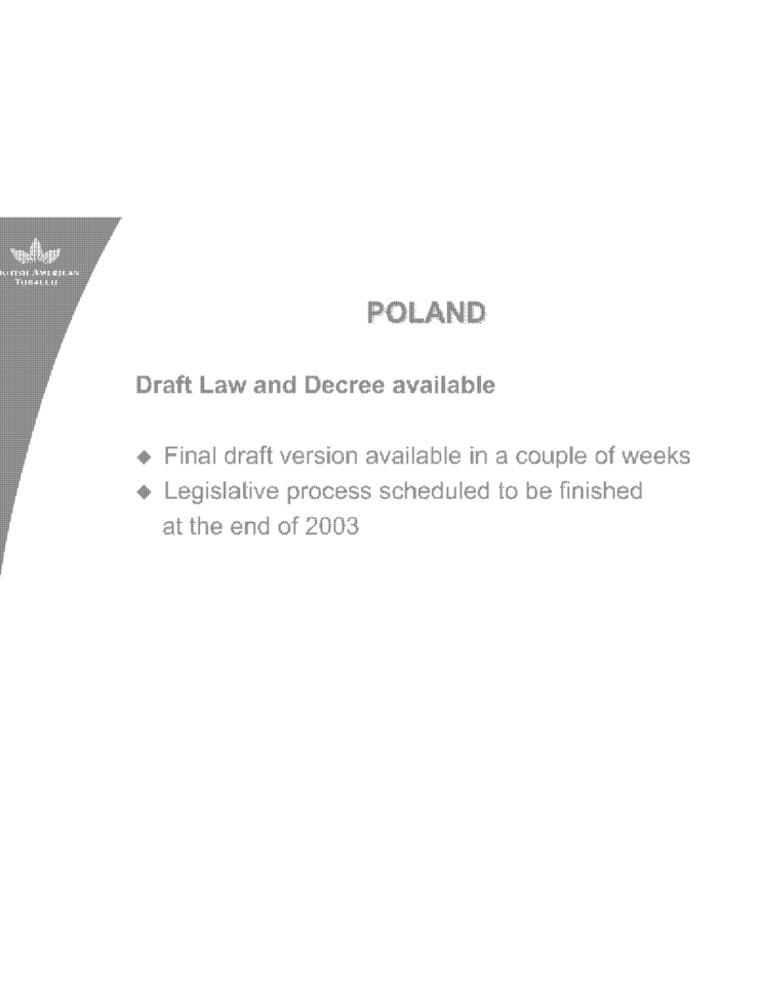
POLAND
Draft Law and Decree available
Final draft version available in a couple of weeks
Legislative process scheduled to be finished
at the end of 2003